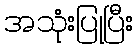
အသုံးပြုပြီး